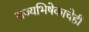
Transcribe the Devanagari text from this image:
राज्यभिषेकाचेही